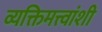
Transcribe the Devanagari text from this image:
व्यक्तिमत्त्वांशी